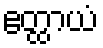
ဧတ္ထာယံ